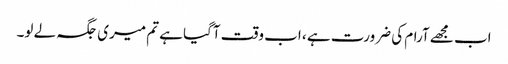
اب مجھے آرام کی ضرورت ہے ، اب وقت آگیا ہے تم میری جگہ لے لو۔